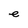
Character: e